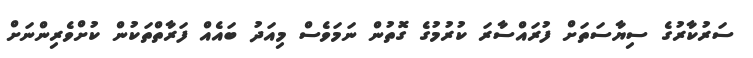
ސަރުކާރުގެ ސިޔާސަތަށް ފުރައްސާރަ ކުރުމުގެ ގޮތުން ނަމަވެސް މިއަދު ބައެއް ފަރާތްތަކުން ކުށްވެރިންނަށް